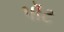
પૉટ